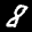
Label: 8